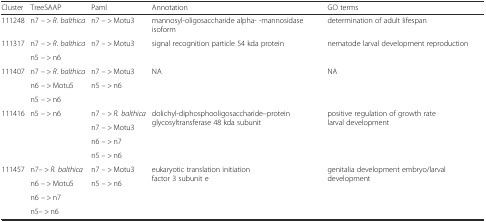
<table><thead><tr><td><b>Cluster</b></td><td><b>TreeSAAP</b></td><td><b>Paml</b></td><td><b>Annotation</b></td><td><b>GO terms</b></td></tr></thead><tbody><tr><td>111248</td><td>n7 -- &gt; <i>R. balthica</i></td><td>n7 -- &gt; Motu3</td><td>mannosyl-oligosaccharide alpha- -mannosidase isoform</td><td>determination of adult lifespan</td></tr><tr><td rowspan="2">111317</td><td>n7 -- &gt; <i>R. balthica</i></td><td rowspan="2">n7 -- &gt; Motu3</td><td rowspan="2">signal recognition particle 54 kda protein</td><td rowspan="2">nematode larval development reproduction</td></tr><tr><td>n5 -- &gt; n6</td></tr><tr><td rowspan="3">111407</td><td>n7 -- &gt; <i>R. balthica</i></td><td>n7 -- &gt; Motu3</td><td rowspan="3">NA</td><td rowspan="3">NA</td></tr><tr><td>n6 -- &gt; Motu5</td><td rowspan="2">n5 -- &gt; n6</td></tr><tr><td>n5 -- &gt; n6</td></tr><tr><td rowspan="4">111416</td><td rowspan="4">n5 -- &gt; n6</td><td>n7 -- &gt; <i>R. balthica</i></td><td rowspan="4">dolichyl-diphosphooligosaccharide--protein glycosyltransferase 48 kda subunit</td><td rowspan="4">positive regulation of growth rate larval development</td></tr><tr><td>n7 -- &gt; Motu3</td></tr><tr><td>n6 -- &gt; n7</td></tr><tr><td>n5 -- &gt; n6</td></tr><tr><td rowspan="4">111457</td><td>n7-- &gt; <i>R. balthica</i></td><td>n7 -- &gt; Motu3</td><td rowspan="4">eukaryotic translation initiation factor 3 subunit e</td><td rowspan="4">genitalia development embryo/larval development</td></tr><tr><td>n6 -- &gt; Motu5</td><td rowspan="3">n5 -- &gt; n6</td></tr><tr><td>n6 -- &gt; n7</td></tr><tr><td>n5-- &gt; n6</td></tr></tbody></table>